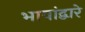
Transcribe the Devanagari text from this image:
भाषांद्वारे